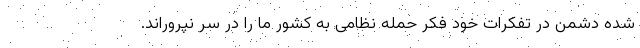
شده دشمن در تفکرات خود فکر حمله نظامی به کشور ما را در سر نپروراند.